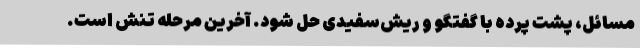
مسائل، پشت پرده با گفتگو و ریش‌سفیدی حل شود. آخرین مرحله تنش است.